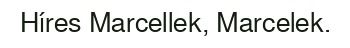
Híres Marcellek, Marcelek.